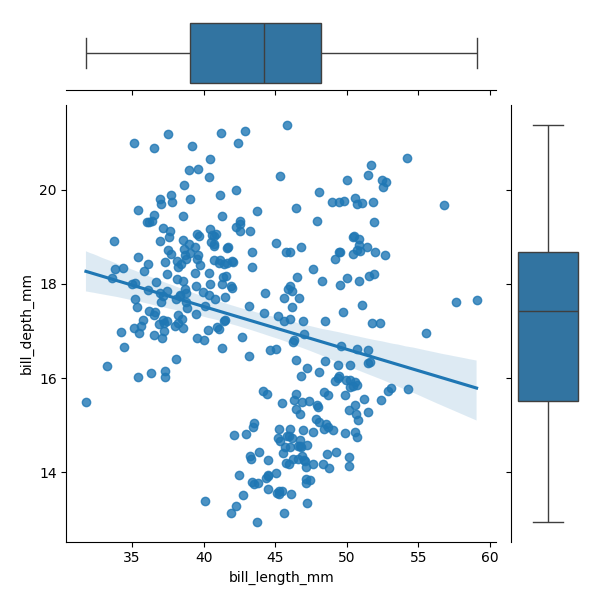
python, seaborn, JointGrid, regplot, boxplot